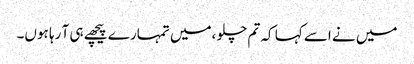
میں نے اسے کہا کہ تم چلو ،میں تمہارے پیچھے ہی آ رہا ہوں۔